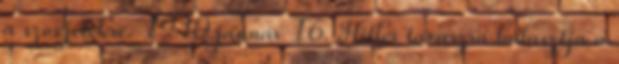
a szovjetekre. 1940 január 16. Hitler tavaszra halasztja a